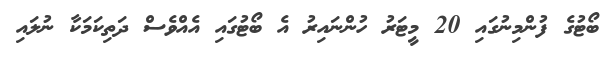
ބޯޓުގެ ފުންމިނުގައި 20 މީޓަރު ހުންނައިރު އެ ބޯޓުގައި އެއްވެސް ދަތިކަމަކާ ނުލައި